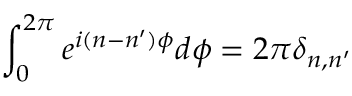
\int _ { 0 } ^ { 2 \pi } e ^ { i ( n - n ^ { \prime } ) \phi } d \phi = 2 \pi \delta _ { n , n ^ { \prime } }